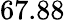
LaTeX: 67.88